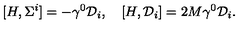
[ H , \Sigma ^ { i } ] = - \gamma ^ { 0 } { \cal D } _ { i } , \quad [ H , { \cal D } _ { i } ] = 2 M \gamma ^ { 0 } { \cal D } _ { i } .